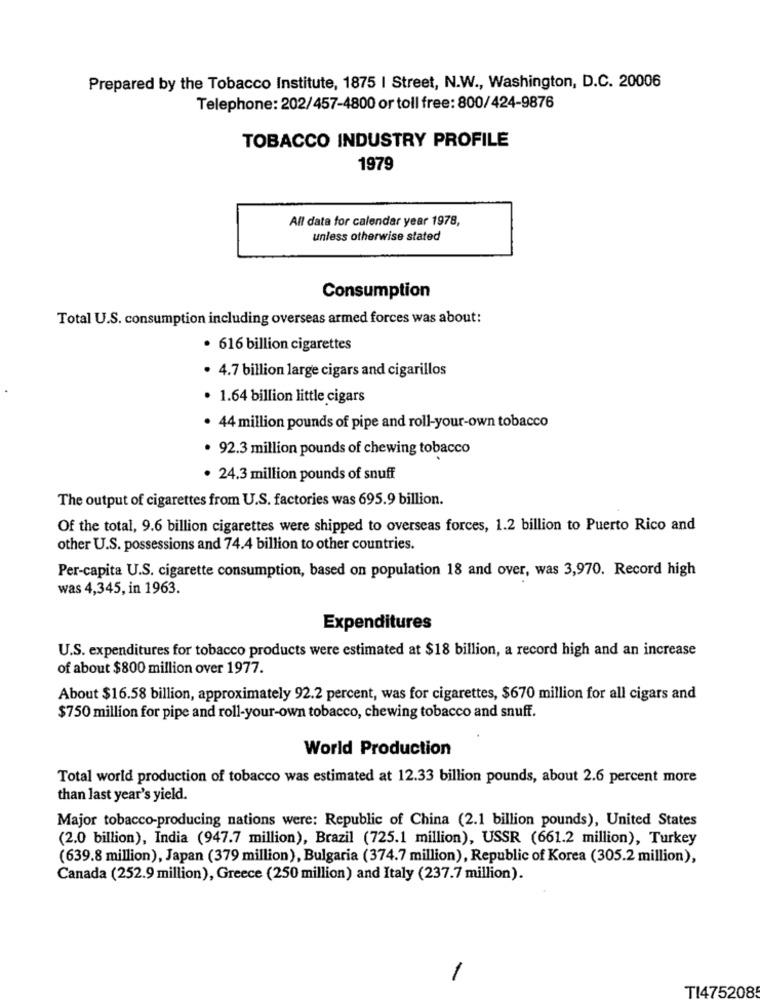
Prepared by the Tobacco Institute, 1875 | Street, N.W ., Washington, D.C. 20006
Telephone: 202/457-4800 or toll free: 800/424-9876
TOBACCO INDUSTRY PROFILE
1979
All data for calendar year 1978,
unless otherwise stated
Consumption
Total U.S. consumption including overseas armed forces was about:
· 616 billion cigarettes
· 4.7 billion large cigars and cigarillos
· 1.64 billion little cigars
. 44 million pounds of pipe and roll-your-own tobacco
. 92.3 million pounds of chewing tobacco
· 24.3 million pounds of snuff
The output of cigarettes from U.S. factories was 695.9 billion.
Of the total, 9.6 billion cigarettes were shipped to overseas forces, 1.2 billion to Puerto Rico and
other U.S. possessions and 74.4 billion to other countries.
Per-capita U.S. cigarette consumption, based on population 18 and over, was 3,970. Record high
was 4,345, in 1963.
Expenditures
U.S. expenditures for tobacco products were estimated at $18 billion, a record high and an increase
of about $800 million over 1977.
About $16.58 billion, approximately 92.2 percent, was for cigarettes, $670 million for all cigars and
$750 million for pipe and roll-your-own tobacco, chewing tobacco and snuff.
World Production
Total world production of tobacco was estimated at 12.33 billion pounds, about 2.6 percent more
than last year's yield.
Major tobacco-producing nations were: Republic of China (2.1 billion pounds), United States
(2.0 billion), India (947.7 million), Brazil (725.1 million), USSR (661.2 million), Turkey
(639.8 million), Japan (379 million), Bulgaria (374.7 million), Republic of Korea (305.2 million),
Canada (252.9 million), Greece (250 million) and Italy (237.7 million).
-
TI475208